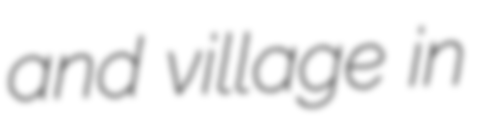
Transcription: and village in